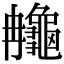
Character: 䶲